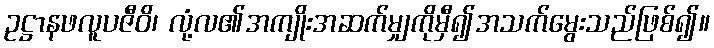
ဥဋ္ဌာနဖလူပဇီဝိ၊ လုံ့လ၏အကျိုးအဆက်မျှကိုမှီ၍အသက်မွေးသည်ဖြစ်၍။